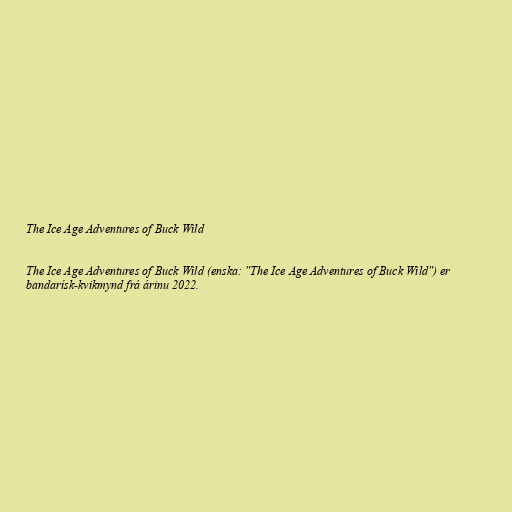
The Ice Age Adventures of Buck Wild

The Ice Age Adventures of Buck Wild (enska: "The Ice Age Adventures of Buck Wild") er
bandarísk-kvikmynd frá árinu 2022.